NAE_ERA_R-1765_ENSV_Kirjanike_Liit_1945-1955, lk 15
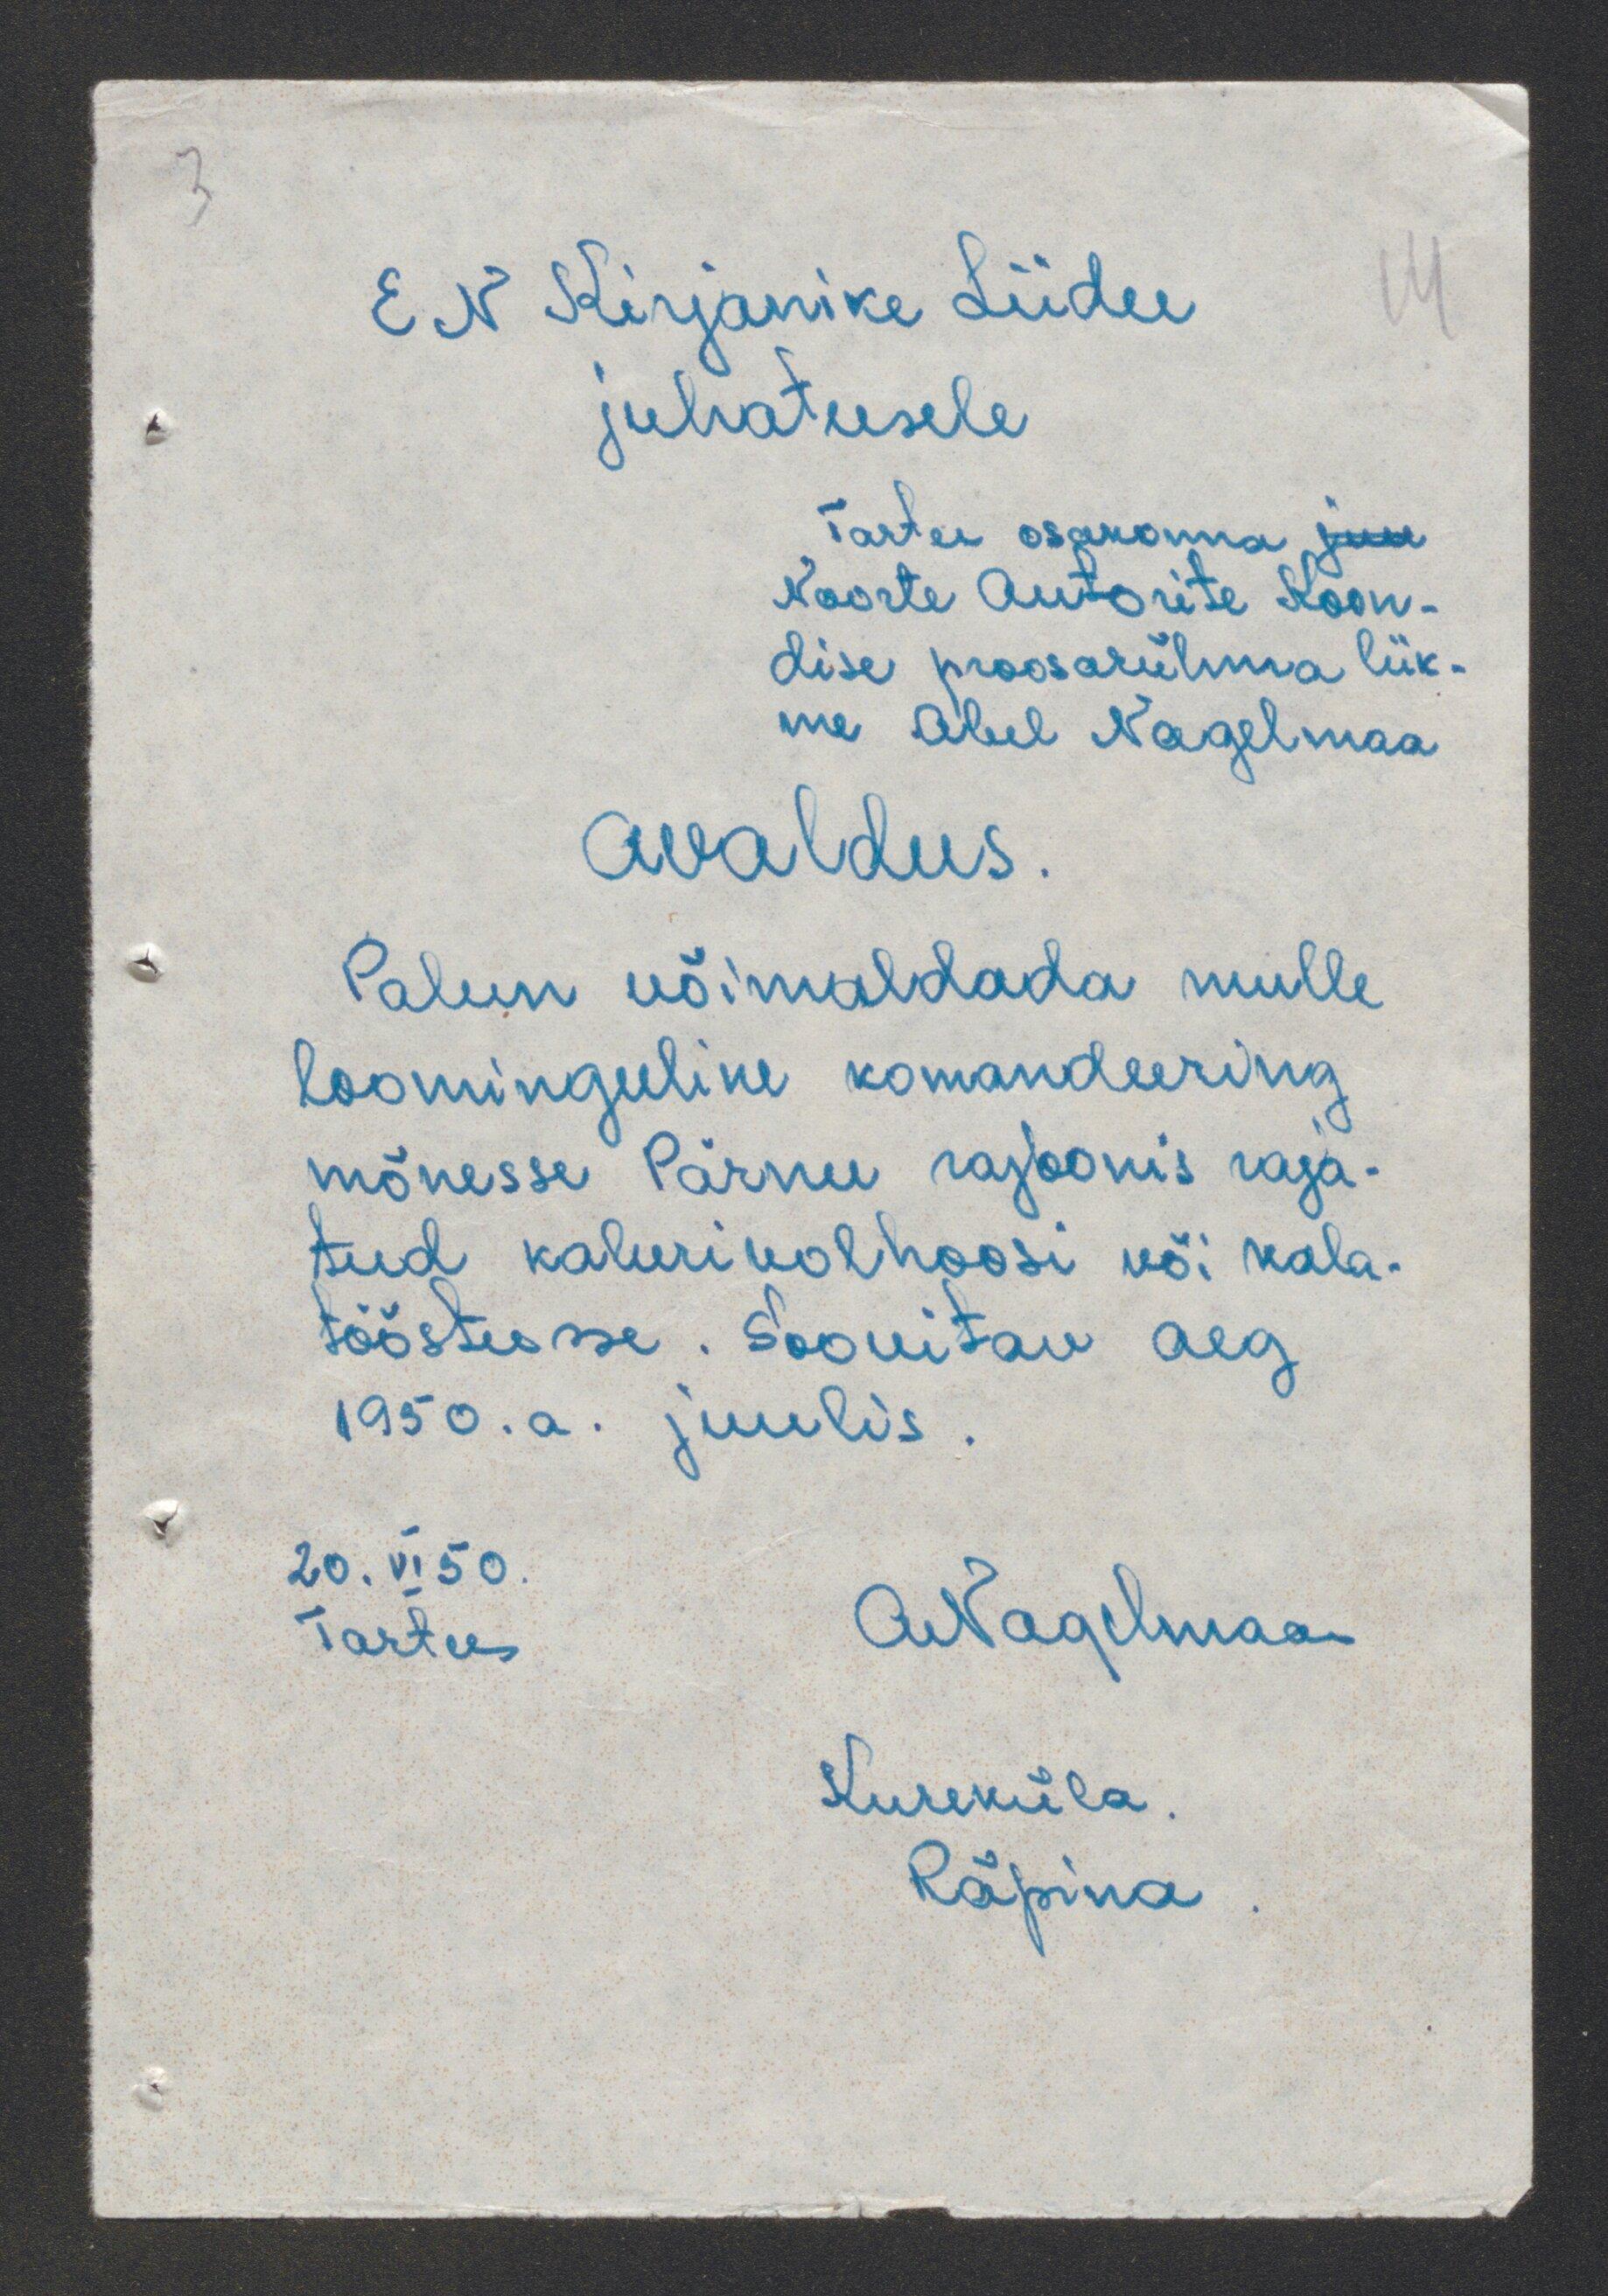
EN Kirjanike Liidu
juhatusele
Tartu osakonna ja
Noorte Autorite Koon-
dise proosaülema liik
me Abel Nagelmaa
avaldus.
Palun võimaldada mulle
loominguline komandeering
mõnesse Pärnu rajoonis raja
tud kalurikolhoosi või kala-
tööstusse. Soovitav aeg
1950.a. juulis
20.VI 50.
ANagelmaa
Tartu
Kureküla
Räpina